Annual statistical returns and brief notes on vaccination in Bengal - 1896-1909
Year: 1896
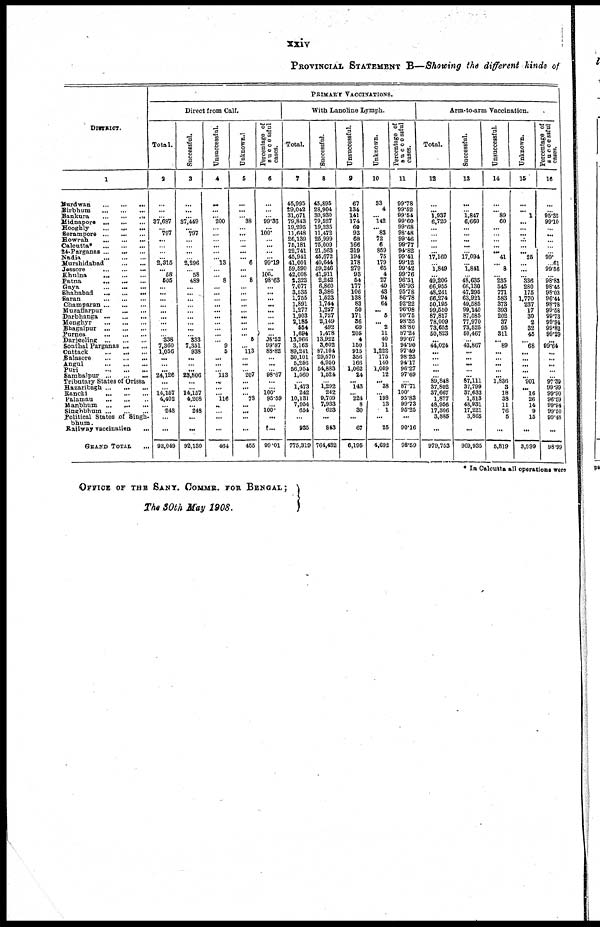
xxiv
PROVINCIAL STATEMENT B—Showing the different kinds of
DISTRICT.
1
Burdwan... ... ... ... ...
Birbhum... ... ... ... ...
Bankura... ... ... ... ...
Hidnapore... ... ... ... ...
Hooghly... ... ... ... ...
Serampore... ... ... ... ...
Howrah...
...
...
Calcutta*... ... ... ...
24-Parganas... ... ... ...
Nadia... ... ... ...
Murshidabad... ... ... ...
Jessore...
...
...
...
Kaulna... ... ... ... ...
Patna... ... ... ...
Gaya...
...
...
Shahabad...
...
Saran... ...
Champaran... ...
Muzaffarpur...
...
Darbhanga...
...
Monghyr...
...
Bhagalpur...
...
Purnea...
...
Darjeeling...
...
Sonthal Parganas...
...
Cuttack...
...
Balasore...
...
Angul...
...
Puri...
...
Sambalpur...
...
Tributary States of Orissa
Hazaribagh...
...
Ranchi...
...
Palamau...
...
Manbhum...
...
Singbhum... ...
Political States of Singh-
bhum.
Railway vaccination... ...
GRAND TOTAL...
PRIMARY VACCINATIONS.
Direct from Calf.
Total.
2
...
...
... 37,687
... 797
...
... ...
... 2,315
... 58
505
...
...
...
...
...
...
...
...
... 338
7,360
1,066
...
...
...
24,126
...
... 14,167
4,402
... 248
...
...
93,049
Successful.
3
...
...
...
37,449
... 797
...
...
...
... 2,296
... 58
489
...
...
...
...
... ...
... ...
... 333
7,361
938
...
... ...
23,806
...
... 14,167
4,208
... 248
...
...
92,130
Unsuccessful.
4
...
...
... 200
... ...
... ...
...
... 13
...
... 8
...
...
... ...
...
...
...
... ...
... 9
5
...
...
... 113
...
...
... 116
...
... ...
...
464
Unknown.
5
...
...
... 38
...
...
...
...
...
... 6
...
... 8
...
...
...
...
...
...
...
...
... 5
... 113
...
...
... 207
...
...
... 78
...
...
...
...
455
Percentage of
successful
cases.
6
...
...
...
99.36
...
100.
...
...
...
... 99.19
...
100.
98.63
...
...
...
...
...
...
...
...
... 08.52
99.87
88.82
... ...
... 98.67
...
... 100.
95.59
...
100.
...
...
99.01
With Lanoline Lymph.
Total.
7
46,995
29,042
31,071
79,843
19,295
11,648
26,139
76,181
22,741
45,941
41,001
59,590
42,008
2,323
7,077
3,535
1,755
1,891
1,277
1,903
2,185
554
1,694
13,966
3,163
89,241
30,101
5,266
56,954
1,560
... 1,473
242
10,131
7,954
654
...
935
775,319
Successful.
8
45,895
28,904
30,930
79,527
19,235
11,472
25,999
76,009
21,563
46,672
40,644
59,246
41,911
2,242
6,860
3,886
1,523
1,744
1,227
1,727
2,149
492
1,478
13,922
3,002
87,104
29,570
4,950
54,883
1,524
... 1,292
242
9,709
7,933
623
...
843
764,432
Unsuccessful.
9
67
134
141
174
60
93
68
166
319
194
178
279
93
54
177
106
138
83
50
171
36
60
205
4
150
915
356
166
1,062
24
... 143
... 224
8
30
...
67
6,195
Unknown.
10
33
4
... 142
... 83
72
6
859
75
179
65
4
27
40
43
94
64
... 5
... 2
11
40
11
1,222
175
140
1,009
12
... 38
... 198
13
1
...
25
4,693
Percentage of
successful
cases.
11
99.78
99.52
99.54
99.60
99.68
98.48
99.46
99.77
94.82
99.41
99.12
99.42
99.76
96.51
96.93
95.78
86.78
92.22
96.08
90.75
98.35
88.80
87.24
99.67
94.90
97.49
98.23
94.17
96.27
97.69
... 87.71
100.
95.83
99.73
95.25
...
90.16
98.59
Arm-to-arm Vaccination.
Total.
12
...
... 1,937
6,720
...
...
...
...
...
17,160
... l,849
...
49,206
66,955
48,241
66,274
50,195
99,550
87,817
78,009
73,652
50,823
...
44,024
...
...
...
...
... 89,848
37,802
37,667
1,877
48,956
17,306
3,885
...
979,753
Successful.
13
...
... 1,847
6,660
...
...
...
...
...
17,094
... 1,841
... 48.635
66,130
47,295
63,921
49,585
99,140
87,585
77,970
73,525
50,467
...
43,867
...
...
...
...
...
87,111
37,799
37,633
1,813
48,931
17,221
3,865
...
969,935
Unsuccessful.
14
...
... 89
60
...
...
...
...
... 41
... 8
... 235
545
771
583
373
393
202
37
95
311
... 89
...
... ...
... ...
1,836
3
18
38
11
76
5
...
5,819
Unknown.
15
...
... 1
...
...
...
...
... ... 25
... ...
... 336
280
175
1,770
237
17
30
2
32
45
... 68
...
...
...
...
... 901
... 16
26
14
9
15
...
3,999
Percentage of
successsful
cases.
16
...
... 95.35
99.10
...
...
...
...
... 99*
61
99.56
... 98.83
98.45
98.03
96.44
98.78
99.58
99.73
99.94
99.82
99.29
... 99.64
...
...
...
...
... 97.39
99.99
99.90
96.59
99.94
99.50
99.48
...
98.99
* In Calcutta all operations were
OFFICE OF THE SANY. COMMR. FOR BENGAL;
The 30th May 1908.